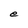
Character: e